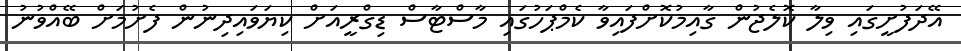
އޭދަފުށީގައި ވިލާ ކޮލެޖުން ގާއިމުކޮށްފައިވާ ކެމްޕަހުގައި މާސްޓާސް ޑިގްރީއަށް ކިޔަވައިދިނުން ފެށުމަށް ބޭއްވުނު